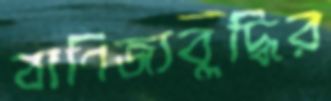
বাণিজ্যবুদ্ধির